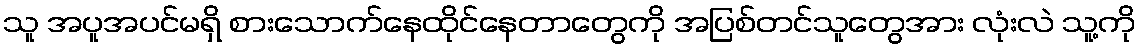
သူ အပူအပင်မရှိ စားသောက်နေထိုင်နေတာတွေကို အပြစ်တင်သူတွေအား လုံးလဲ သူ့ကို